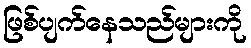
ဖြစ်ပျက်နေသည်များကို